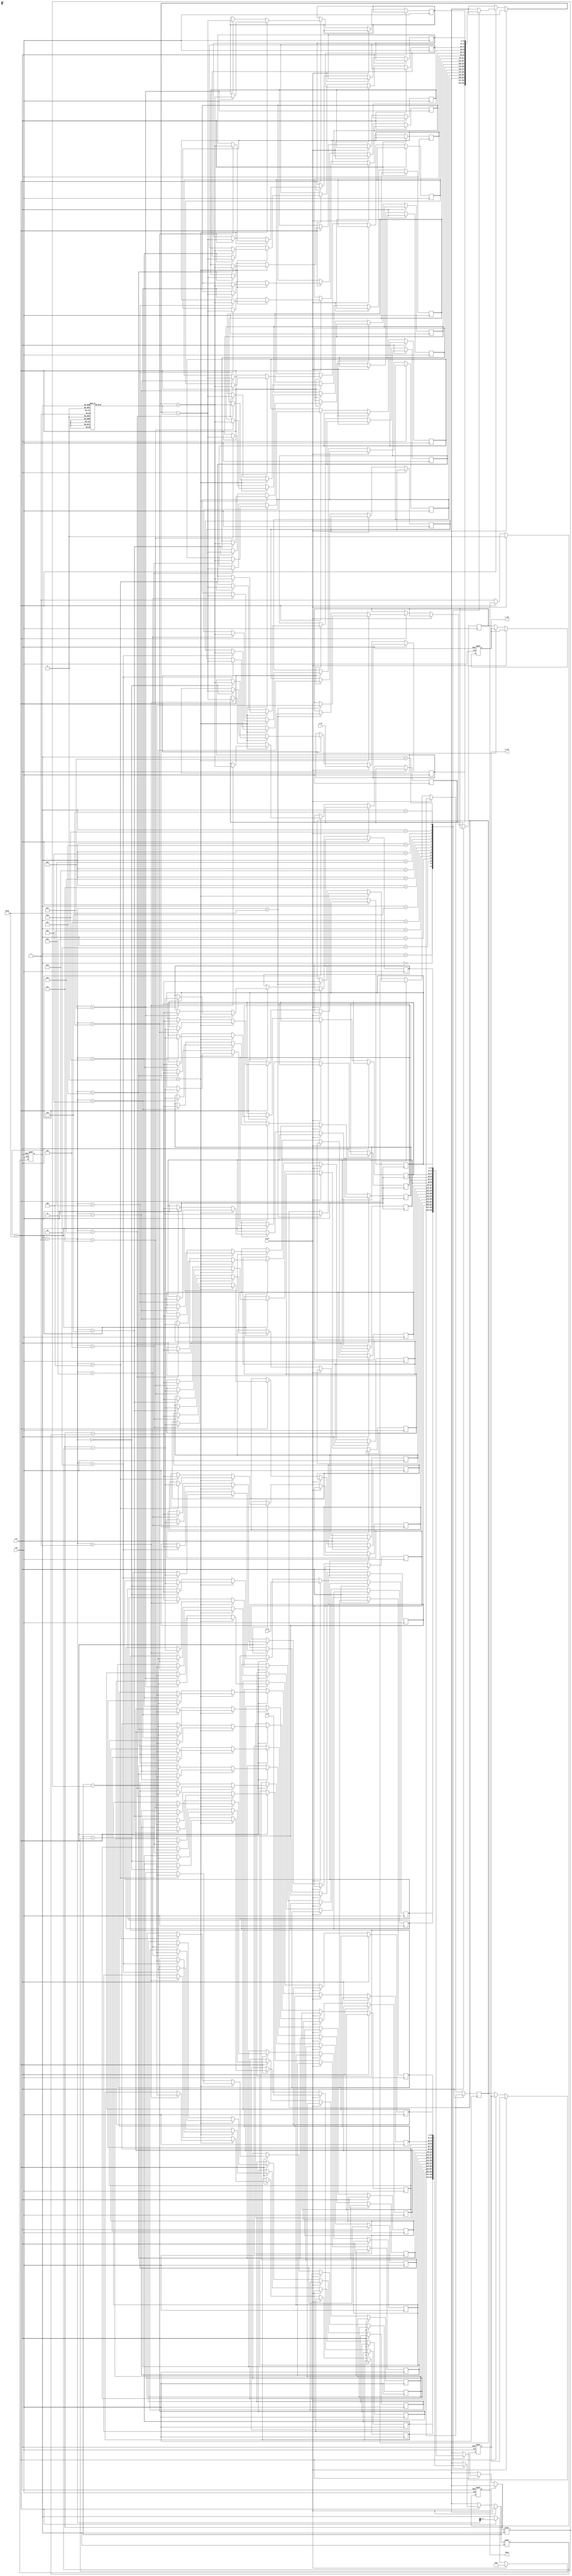
module cordic_2d (
    input wire clk,
    input wire rst,
    input wire start,
    input wire [15:0] x_in,      // Input X coordinate
    input wire [15:0] y_in,      // Input Y coordinate
    input wire [15:0] z_in,      // Input angle (in radians)
    output reg [15:0] x_out,     // Output X coordinate
    output reg [15:0] y_out,     // Output Y coordinate
    output reg done              // Operation complete signal
);

    // CORDIC parameters
    parameter NUM_ITERATIONS = 16;
    reg [15:0] atan_lut [0:NUM_ITERATIONS-1]; // LUT for arctangent values
    reg [15:0] x [0:NUM_ITERATIONS];           // X values during iterations
    reg [15:0] y [0:NUM_ITERATIONS];           // Y values during iterations
    reg [15:0] z [0:NUM_ITERATIONS];           // Z values during iterations
    reg [3:0] iteration;                        // Iteration counter
    reg [15:0] x_temp, y_temp, z_temp;         // Temporary variables

    // Initialize LUT with arctangent values
    initial begin
        atan_lut[0] = 16'h0000; // atan(0) = 0
        atan_lut[1] = 16'h2000; // atan(1) = 45 degrees
        atan_lut[2] = 16'h1000; // atan(0.5) = 26.565 degrees
        // Fill in the rest of the LUT values...
        // atan_lut[3] = 16'h0C90; // atan(0.3333) = 18.4349 degrees
        // ...
        // atan_lut[15] = 16'h0001; // atan(0.0001) = 0.0057 degrees
    end

    // CORDIC algorithm
    always @(posedge clk or posedge rst) begin
        if (rst) begin
            iteration <= 0;
            x_out <= 0;
            y_out <= 0;
            done <= 0;
        end else if (start) begin
            // Initialize inputs
            x[0] <= x_in;
            y[0] <= y_in;
            z[0] <= z_in;
            iteration <= 0;
            done <= 0;
        end else if (iteration < NUM_ITERATIONS) begin
            // Perform CORDIC rotation
            x_temp = x[iteration];
            y_temp = y[iteration];
            z_temp = z[iteration];

            if (z_temp < 0) begin
                // Rotate clockwise
                x[iteration + 1] <= x_temp + (y_temp >>> iteration);
                y[iteration + 1] <= y_temp - (x_temp >>> iteration);
                z[iteration + 1] <= z_temp + atan_lut[iteration];
            end else begin
                // Rotate counter-clockwise
                x[iteration + 1] <= x_temp - (y_temp >>> iteration);
                y[iteration + 1] <= y_temp + (x_temp >>> iteration);
                z[iteration + 1] <= z_temp - atan_lut[iteration];
            end

            iteration <= iteration + 1;
        end else begin
            // Output results
            x_out <= x[NUM_ITERATIONS];
            y_out <= y[NUM_ITERATIONS];
            done <= 1;
        end
    end
endmodule